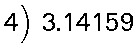
4) 3.14159